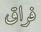
فراق